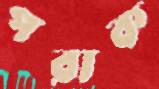
পরাক